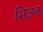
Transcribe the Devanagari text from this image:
भिउन